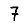
Digit: 7